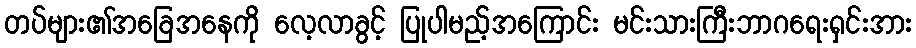
တပ်များ၏အခြေအနေကို လေ့လာခွင့် ပြုပါမည့်အကြောင်း မင်းသားကြီးဘာဂရေးရှင်းအား